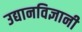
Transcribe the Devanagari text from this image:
उद्यानविज्ञानी